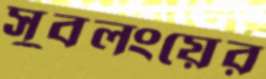
সুবলংয়ের